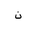
Letter: _non